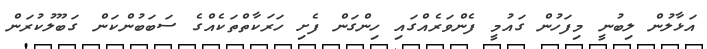
އަޅާލުން ލިބުނީ މިފަހުން ގައުމީ ފެންވަރެއްގައި ހިންގަން ފެށި ހަރަކާތްތަކެއްގެ ސަބަބުންކަން ގަބޫލުކުރަން